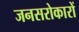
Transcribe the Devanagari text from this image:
जनसरोकारों